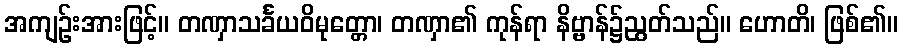
အကျဉ်းအားဖြင့်။ တဏှာသင်္ခယဝိမုတ္တော၊ တဏှာ၏ ကုန်ရာ နိဗ္ဗာန်၌ညွတ်သည်။ ဟောတိ၊ ဖြစ်၏။